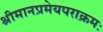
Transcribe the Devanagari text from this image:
श्रीमानप्रमेयपराक्रमः